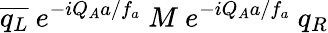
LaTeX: \overline{{{q_{L}}}}~e^{-iQ_{A}a/f_{a}}~M~e^{-iQ_{A}a/f_{a}}~q_{R}